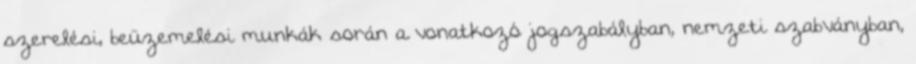
szerelési, beüzemelési munkák során a vonatkozó jogszabályban, nemzeti szabványban,